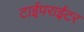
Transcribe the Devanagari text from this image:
टाईपराईटर